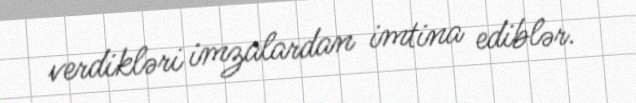
verdikləri imzalardan imtina ediblər.